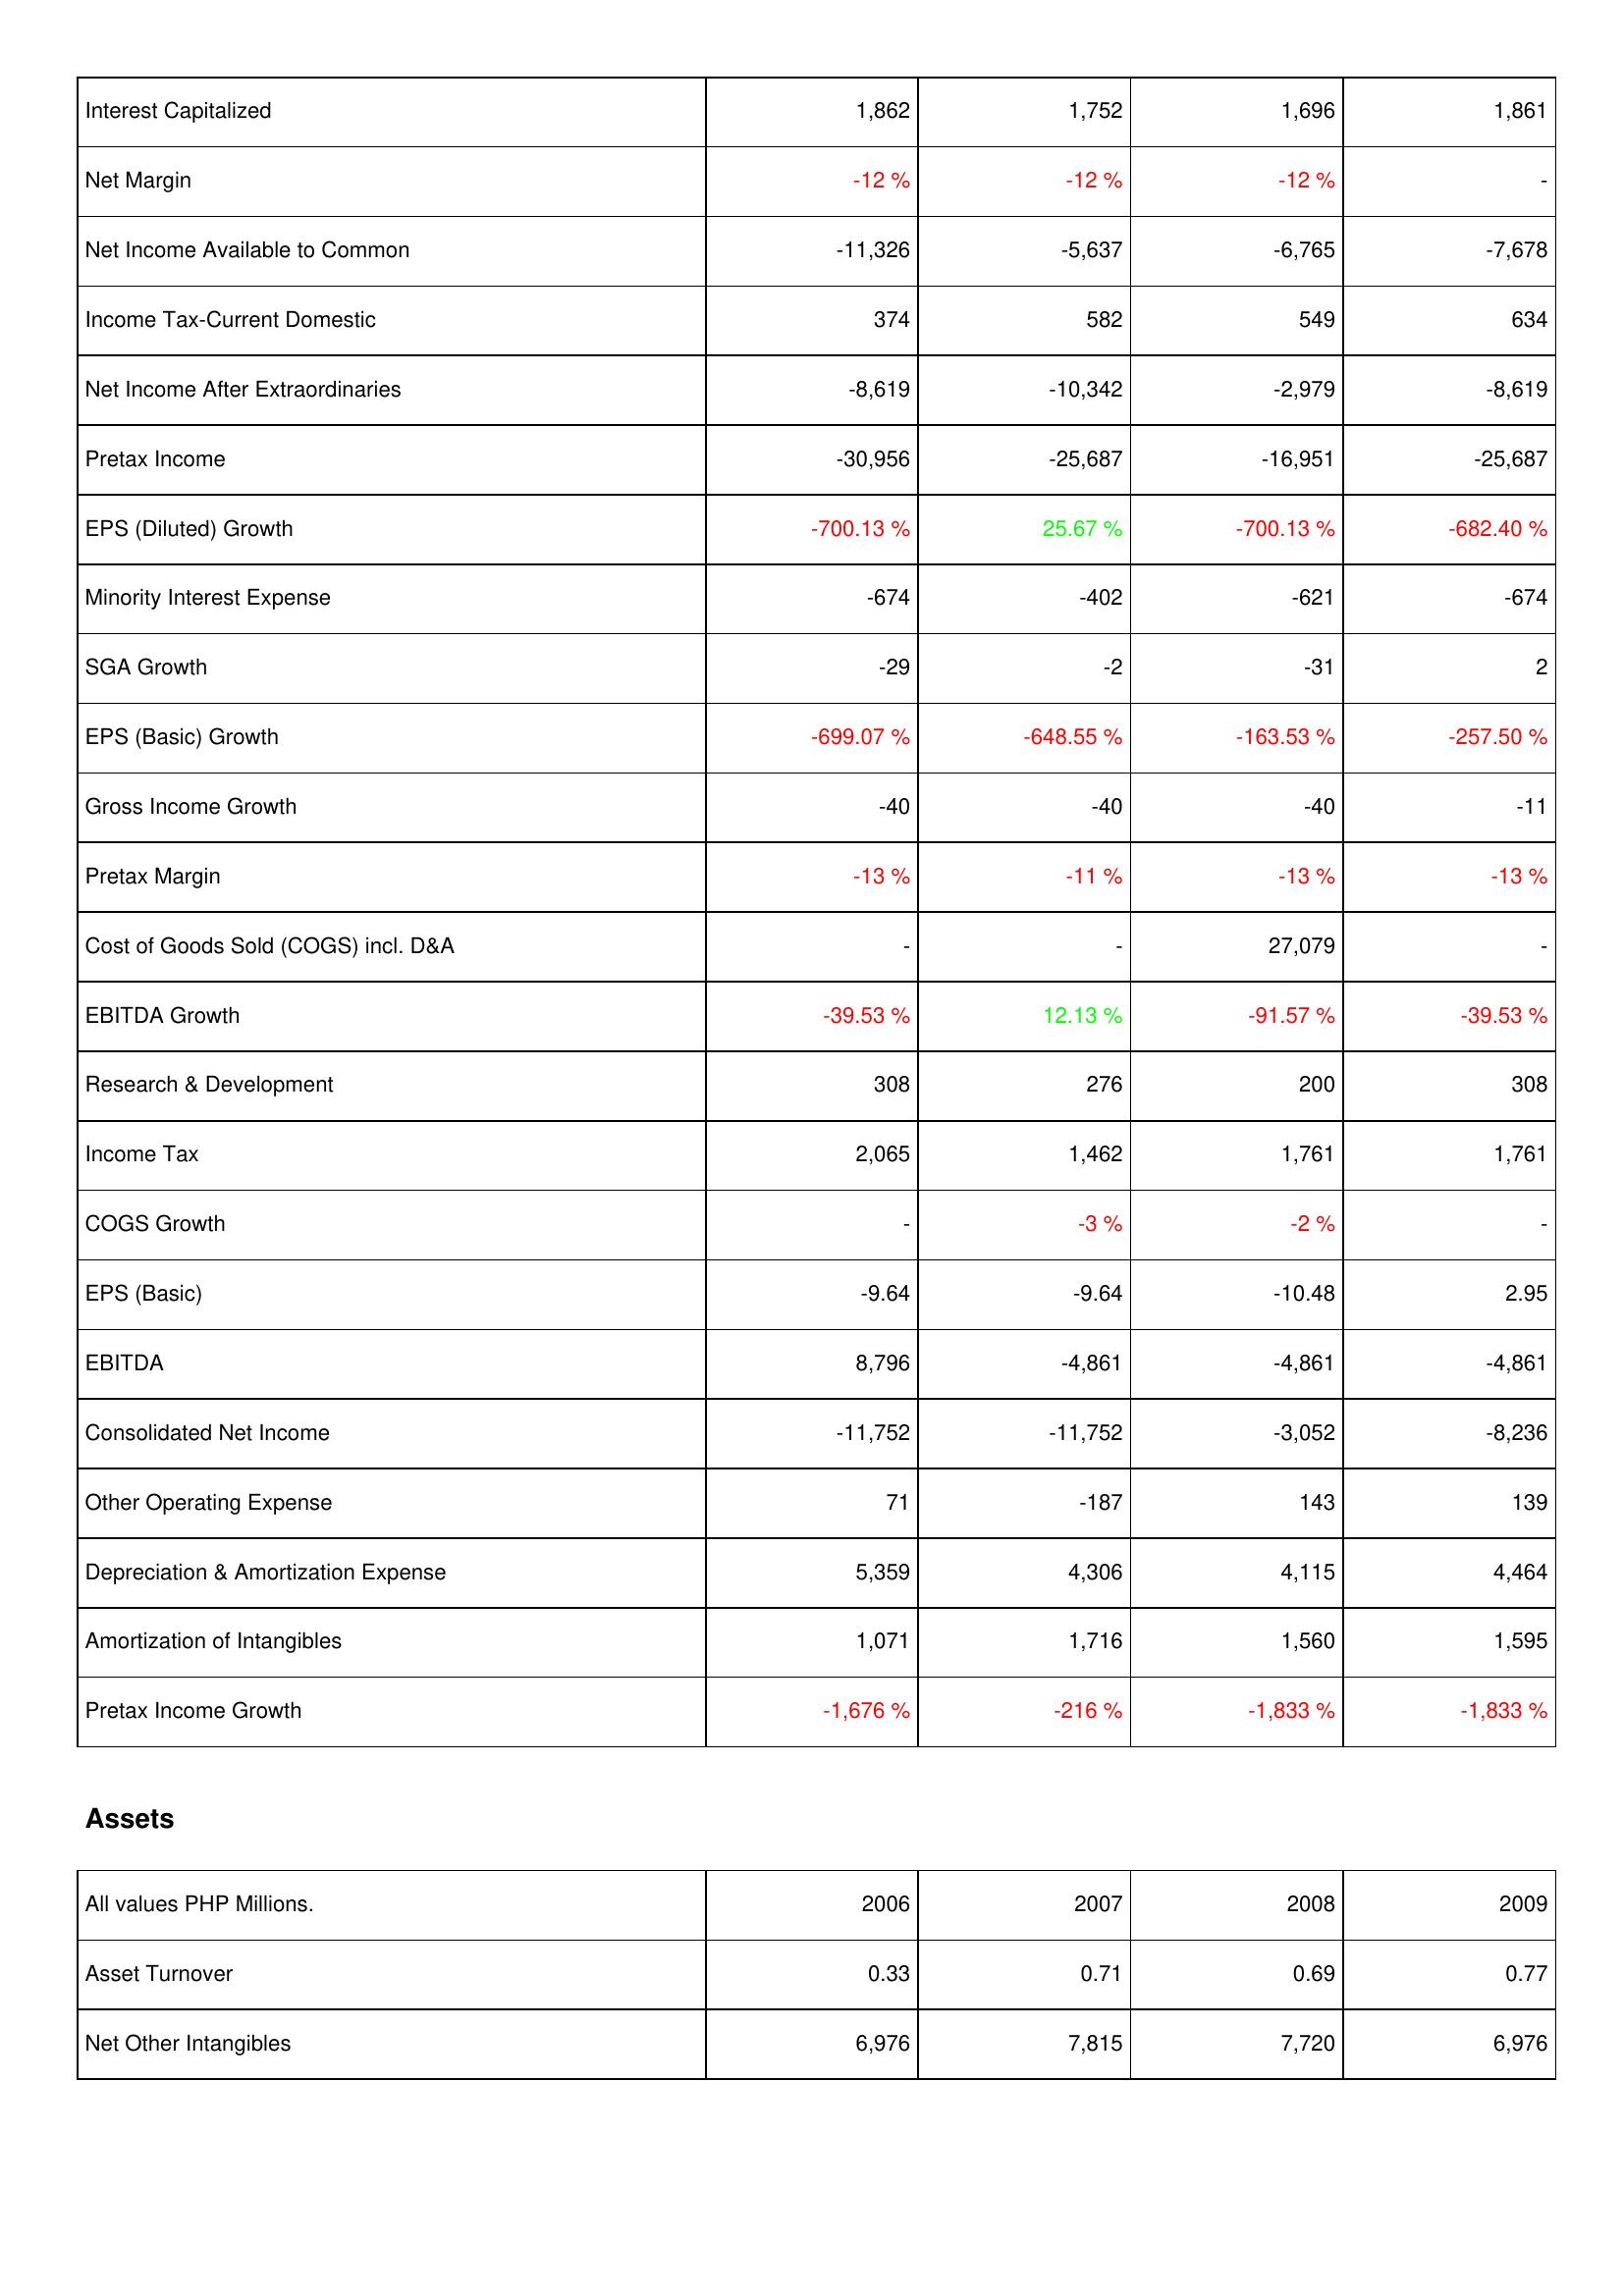
2006: Income Statement: Interest Capitalized: 1,862
Net Margin: -12 %
Net Income Available to Common: -11,326
Income Tax-Current Domestic: 374
Net Income After Extraordinaries: -8,619
Pretax Income: -30,956
EPS (Diluted) Growth: -700.13 %
Minority Interest Expense: -674
SGA Growth: -29
EPS (Basic) Growth: -699.07 %
Gross Income Growth: -40
Pretax Margin: -13 %
Cost of Goods Sold (COGS) incl. D&A: -
EBITDA Growth: -39.53 %
Research & Development: 308
Income Tax: 2,065
COGS Growth: -
EPS (Basic): -9.64
EBITDA: 8,796
Consolidated Net Income: -11,752
Other Operating Expense: 71
Depreciation & Amortization Expense: 5,359
Amortization of Intangibles: 1,071
Pretax Income Growth: -1,676 %
Assets: Asset Turnover: 0.33
Net Other Intangibles: 6,976
2007: Income Statement: Interest Capitalized: 1,752
Net Margin: -12 %
Net Income Available to Common: -5,637
Income Tax-Current Domestic: 582
Net Income After Extraordinaries: -10,342
Pretax Income: -25,687
EPS (Diluted) Growth: 25.67 %
Minority Interest Expense: -402
SGA Growth: -2
EPS (Basic) Growth: -648.55 %
Gross Income Growth: -40
Pretax Margin: -11 %
Cost of Goods Sold (COGS) incl. D&A: -
EBITDA Growth: 12.13 %
Research & Development: 276
Income Tax: 1,462
COGS Growth: -3 %
EPS (Basic): -9.64
EBITDA: -4,861
Consolidated Net Income: -11,752
Other Operating Expense: -187
Depreciation & Amortization Expense: 4,306
Amortization of Intangibles: 1,716
Pretax Income Growth: -216 %
Assets: Asset Turnover: 0.71
Net Other Intangibles: 7,815
2008: Income Statement: Interest Capitalized: 1,696
Net Margin: -12 %
Net Income Available to Common: -6,765
Income Tax-Current Domestic: 549
Net Income After Extraordinaries: -2,979
Pretax Income: -16,951
EPS (Diluted) Growth: -700.13 %
Minority Interest Expense: -621
SGA Growth: -31
EPS (Basic) Growth: -163.53 %
Gross Income Growth: -40
Pretax Margin: -13 %
Cost of Goods Sold (COGS) incl. D&A: 27,079
EBITDA Growth: -91.57 %
Research & Development: 200
Income Tax: 1,761
COGS Growth: -2 %
EPS (Basic): -10.48
EBITDA: -4,861
Consolidated Net Income: -3,052
Other Operating Expense: 143
Depreciation & Amortization Expense: 4,115
Amortization of Intangibles: 1,560
Pretax Income Growth: -1,833 %
Assets: Asset Turnover: 0.69
Net Other Intangibles: 7,720
2009: Income Statement: Interest Capitalized: 1,861
Net Margin: -
Net Income Available to Common: -7,678
Income Tax-Current Domestic: 634
Net Income After Extraordinaries: -8,619
Pretax Income: -25,687
EPS (Diluted) Growth: -682.40 %
Minority Interest Expense: -674
SGA Growth: 2
EPS (Basic) Growth: -257.50 %
Gross Income Growth: -11
Pretax Margin: -13 %
Cost of Goods Sold (COGS) incl. D&A: -
EBITDA Growth: -39.53 %
Research & Development: 308
Income Tax: 1,761
COGS Growth: -
EPS (Basic): 2.95
EBITDA: -4,861
Consolidated Net Income: -8,236
Other Operating Expense: 139
Depreciation & Amortization Expense: 4,464
Amortization of Intangibles: 1,595
Pretax Income Growth: -1,833 %
Assets: Asset Turnover: 0.77
Net Other Intangibles: 6,976